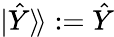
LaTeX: |\hat{Y}\rangle\! \rangle:=\hat{Y}